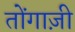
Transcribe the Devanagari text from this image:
तोंगाज़ी